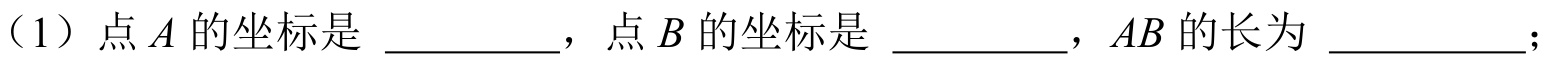
（1）点\(A\)的坐标是 \underline{\quad\quad}，点\(B\)的坐标是 \underline{\quad\quad}，\(AB\)的长为 \underline{\quad\quad}；